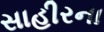
સાહીરના